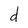
Character: d